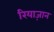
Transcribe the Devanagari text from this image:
रियाज़ान